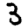
Digit: 3